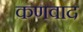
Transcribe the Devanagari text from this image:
कणवाद